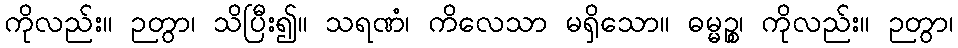
ကိုလည်း။ ဉတွာ၊ သိပြီး၍။ သရဏံ၊ ကိလေသာ မရှိသော။ ဓမ္မဉ္စ၊ ကိုလည်း။ ဉတွာ၊